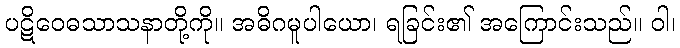
ပဋိဝေဓသာသနာတို့ကို။ အဓိဂမူပါယော၊ ရခြင်း၏ အကြောင်းသည်။ ဝါ၊